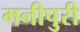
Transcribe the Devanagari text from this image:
मनीपुरी